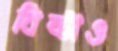
বিষ্টাও